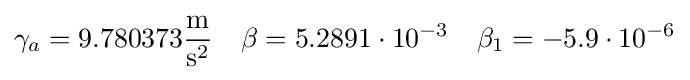
\gamma _{a}=9{.}780373{\frac {\mathrm {m} }{\mathrm {s} ^{2}}}\quad \beta =5{.}2891\cdot 10^{-3}\quad \beta _{1}=-5{.}9\cdot 10^{-6}